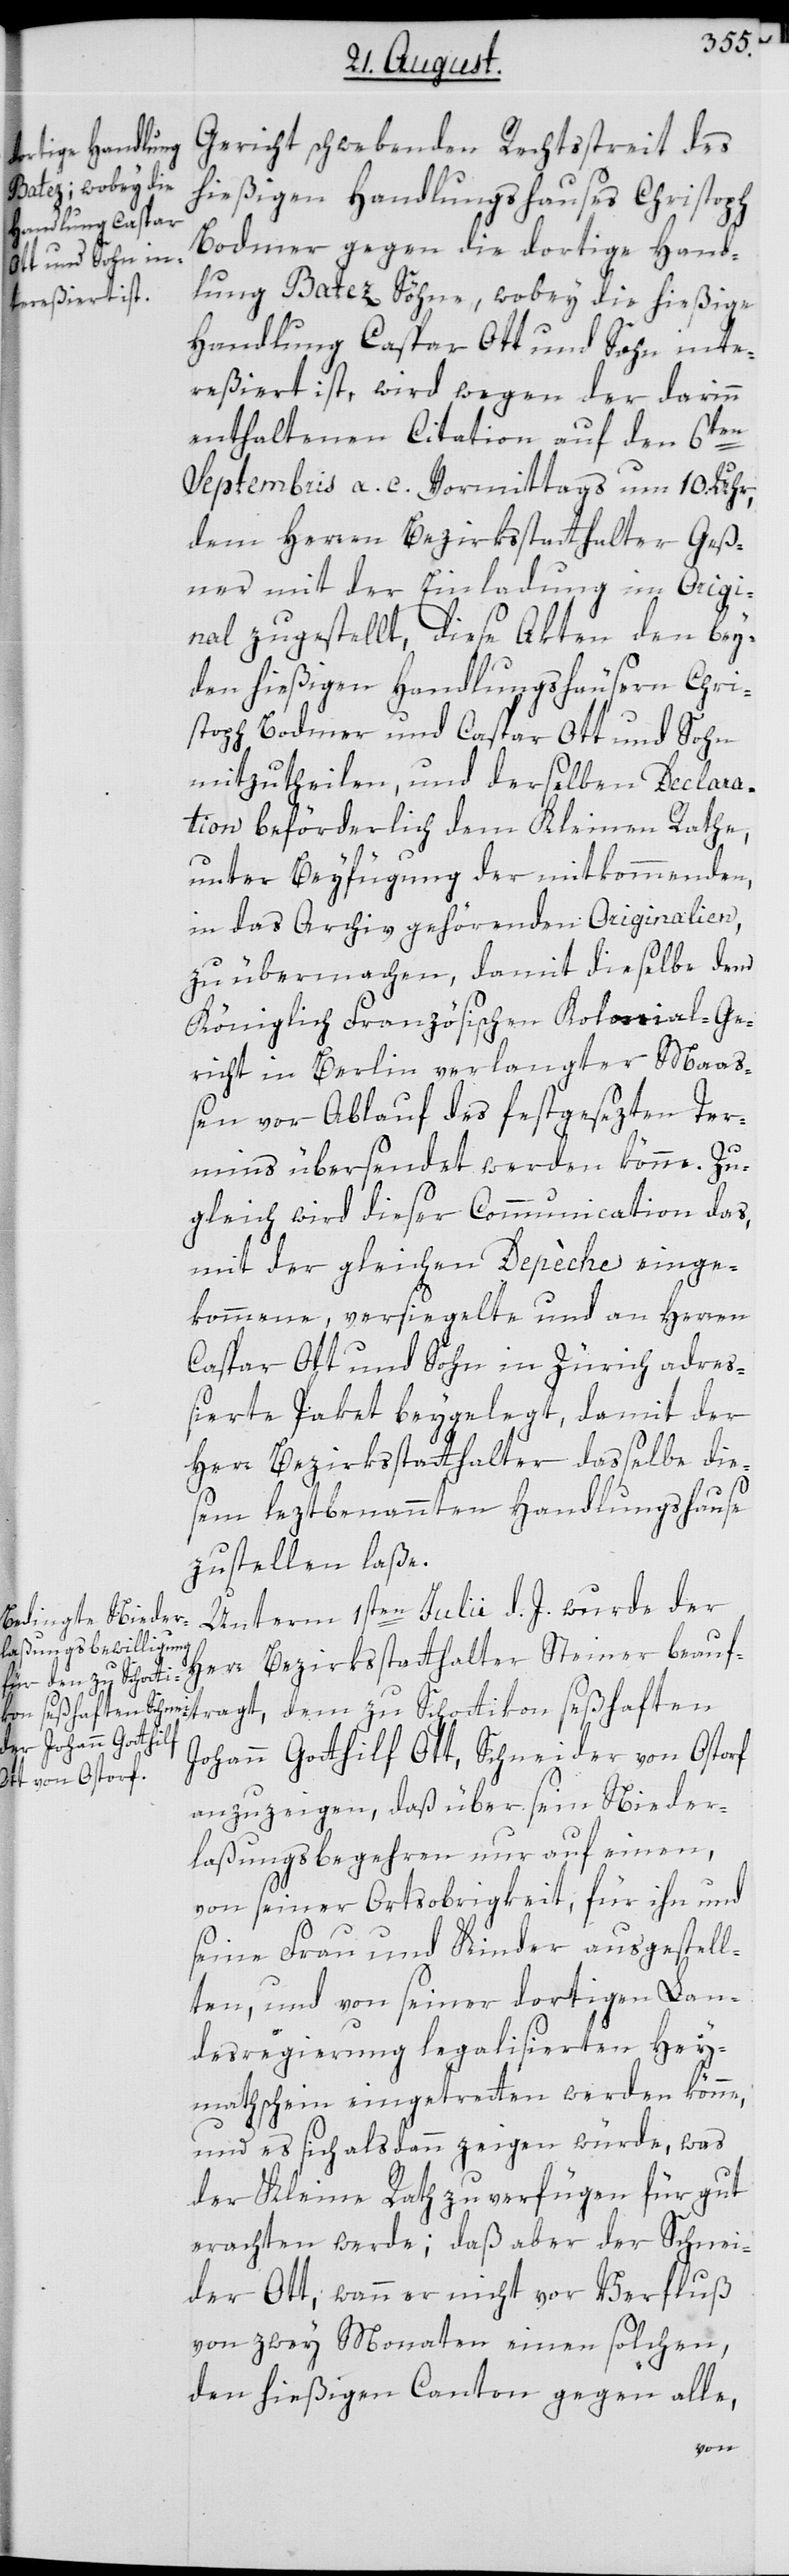
Gericht schwebenden Rechtsstreit des
hießigen Handlungshauses Christoph
Bodmer gegen die dortige Hand¬
lung Batez Söhne, wobey die hießige
Handlung Caspar Ott und Sohn inte¬
reßiert ist, wird wegen der darinn
enthaltenen Citation auf den 6ten
Septembris a. c. Vormittags um 10. Uhr,
dem Herren Bezirksstatthalter Geß¬
ner mit der Einladung im Origi¬
nal zugestellt, diese Akten den bey¬
den hießigen Handlungshäusern Chri¬
stoph Bodmer und Caspar Ott und Sohn
mitzutheilen, und derselben Declara¬
tion beförderlich dem Kleinen Rathe,
unter Beyfügung der mitkommenden,
in das Archiv gehördenden Originalien,
zu übermachen, damit dieselbe dem
Königlich-Französischen Kolonial-Ge¬
richt in Berlin verlangter Maaß¬
en vor Ablauf des festgesezten Ter¬
mins übersendet werden könne. Zu¬
gleich wird dieser Communication das,
mit der gleichen Depèche einge¬
kommene, versiegelte und an Herren
Caspar Ott und Sohn in Zürich adreß¬
ierte Paket beygelegt, damit der
Herr Bezirksstatthalter dasselbe die¬
sem leztbenannten Handlungshause
zustellen laße.
Unterm 1sten Julii d. J. wurde der
Herr Bezirksstatthalter Steiner beauf¬
tragt, dem zu Schottikon seßhaften
Johann Gotthilf Ott, Schneider von Ostorf
anzuzeigen, daß über sein Nieder¬
laßungsbegehren nur auf einen,
von seiner Ortsobrigkeit, für ihn und
seine Frau und Kinder ausgestell¬
ten, und von seiner dortigen Lan¬
desregierung legalisierten Hey¬
mathschein eingetretten werden könne,
und es sich alsdann zeigen würde, was
der Kleine Rath zu verfügen für gut
erachten werde; daß aber der Schnei¬
der Ott, wenn er nicht vor Verfluß
von zwey Monaten einen solchen,
den hießigen Canton gegen alle,